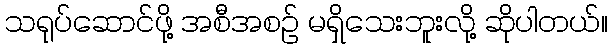
သရုပ်ဆောင်ဖို့ အစီအစဉ် မရှိသေးဘူးလို့ ဆိုပါတယ်။